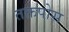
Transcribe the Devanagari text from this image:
तक्तपोस